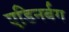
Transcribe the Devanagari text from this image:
एडिनर्बग